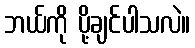
ဘယ်ကို ပို့ချင်ပါသလဲ။